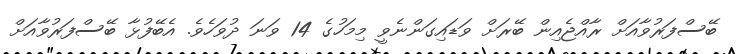
ބޭސްފަރުވާއަށް ރާއްޖެއިން ބޭރަށް ވަޑައިގަންނެވީ މިމަހުގެ 14 ވަނަ ދުވަހެވެ. އެބޭފުޅާ ބޭސްފަރުވާއަށް